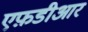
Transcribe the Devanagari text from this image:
एफ़डीआर